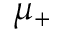
\mu _ { + }